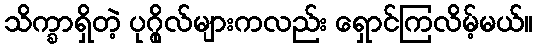
သိက္ခာရှိတဲ့ ပုဂ္ဂိုလ်များကလည်း ရှောင်ကြလိမ့်မယ်။